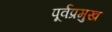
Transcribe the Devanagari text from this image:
पूर्वप्रमुख